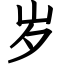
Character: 岁